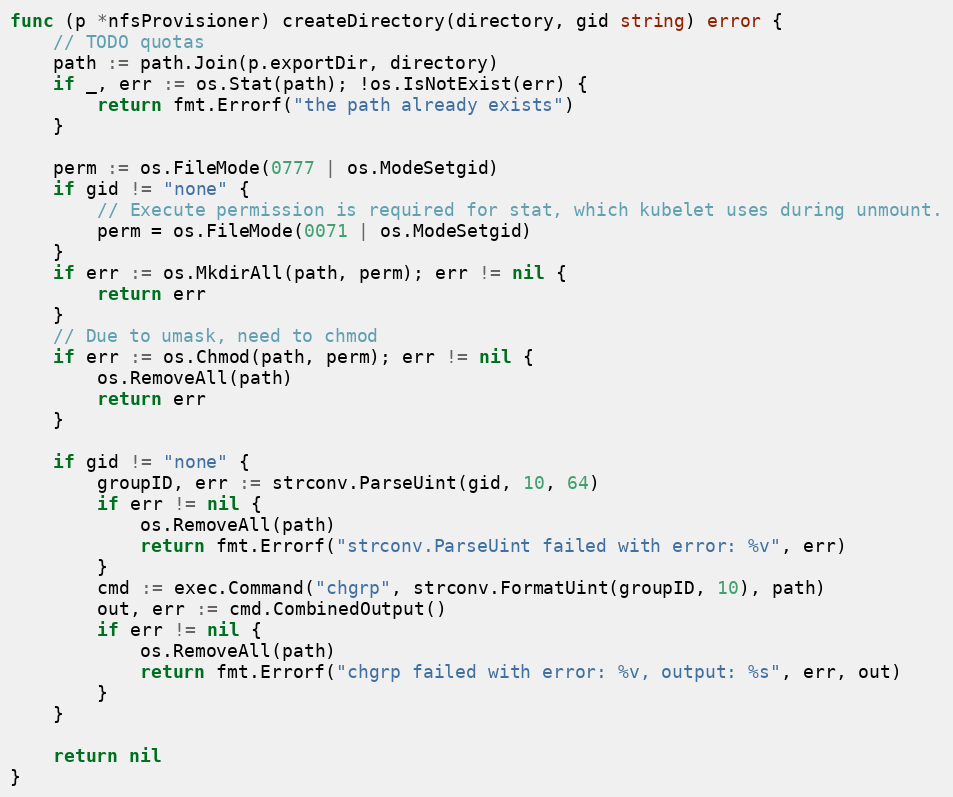
Language: Go
func (p *nfsProvisioner) createDirectory(directory, gid string) error {
	// TODO quotas
	path := path.Join(p.exportDir, directory)
	if _, err := os.Stat(path); !os.IsNotExist(err) {
		return fmt.Errorf("the path already exists")
	}

	perm := os.FileMode(0777 | os.ModeSetgid)
	if gid != "none" {
		// Execute permission is required for stat, which kubelet uses during unmount.
		perm = os.FileMode(0071 | os.ModeSetgid)
	}
	if err := os.MkdirAll(path, perm); err != nil {
		return err
	}
	// Due to umask, need to chmod
	if err := os.Chmod(path, perm); err != nil {
		os.RemoveAll(path)
		return err
	}

	if gid != "none" {
		groupID, err := strconv.ParseUint(gid, 10, 64)
		if err != nil {
			os.RemoveAll(path)
			return fmt.Errorf("strconv.ParseUint failed with error: %v", err)
		}
		cmd := exec.Command("chgrp", strconv.FormatUint(groupID, 10), path)
		out, err := cmd.CombinedOutput()
		if err != nil {
			os.RemoveAll(path)
			return fmt.Errorf("chgrp failed with error: %v, output: %s", err, out)
		}
	}

	return nil
}